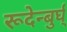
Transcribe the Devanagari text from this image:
रूदेन्बुर्घ्